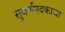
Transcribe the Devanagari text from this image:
सुवर्णपदकाचा